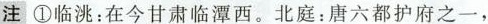
注①临洮：在今甘肃临潭西。北庭：唐六都护府之一，